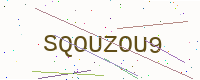
Text: SQOUZOU9